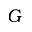
G